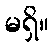
မရှိ။